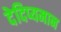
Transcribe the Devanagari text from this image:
देदिप्यमान